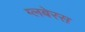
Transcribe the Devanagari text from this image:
ग्लबेरस